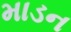
માડન